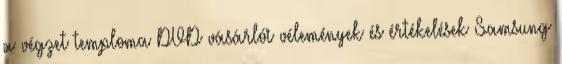
a végzet temploma DVD vásárlói vélemények és értékelések Samsung